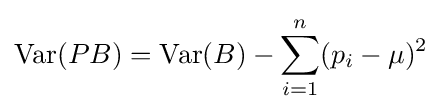
\operatorname {Var} (PB)=\operatorname {Var} (B)-\sum _{i=1}^{n}(p_{i}-\mu )^{2}